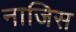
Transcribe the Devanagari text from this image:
नाजिस